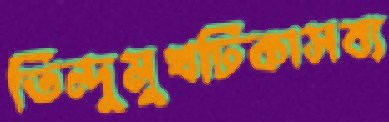
তিন্দুমুখঢিকাসব্য